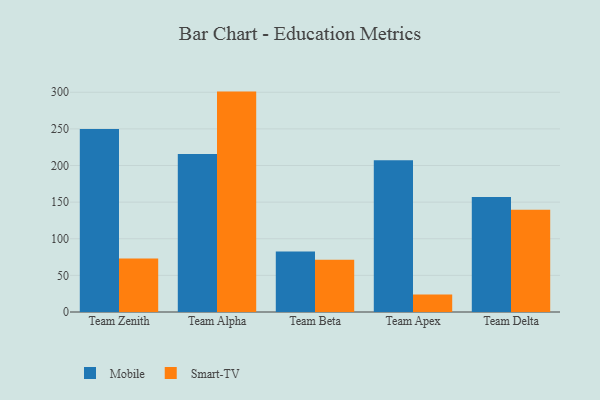
{"axis": {"x": "Team", "y": "Population (Million)"}, "legend": ["Mobile", "Smart-TV"], "data": [{"x": "Team Zenith", "y": 249.7, "type": "Mobile"}, {"x": "Team Zenith", "y": 73.2, "type": "Smart-TV"}, {"x": "Team Alpha", "y": 215.7, "type": "Mobile"}, {"x": "Team Alpha", "y": 300.9, "type": "Smart-TV"}, {"x": "Team Beta", "y": 82.5, "type": "Mobile"}, {"x": "Team Beta", "y": 71.5, "type": "Smart-TV"}, {"x": "Team Apex", "y": 207.2, "type": "Mobile"}, {"x": "Team Apex", "y": 23.9, "type": "Smart-TV"}, {"x": "Team Delta", "y": 156.9, "type": "Mobile"}, {"x": "Team Delta", "y": 139.6, "type": "Smart-TV"}]}